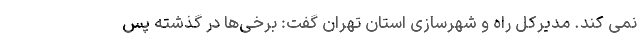
نمی کند. مدیرکل راه و شهرسازی استان تهران گفت: برخی‌ها در گذشته پس